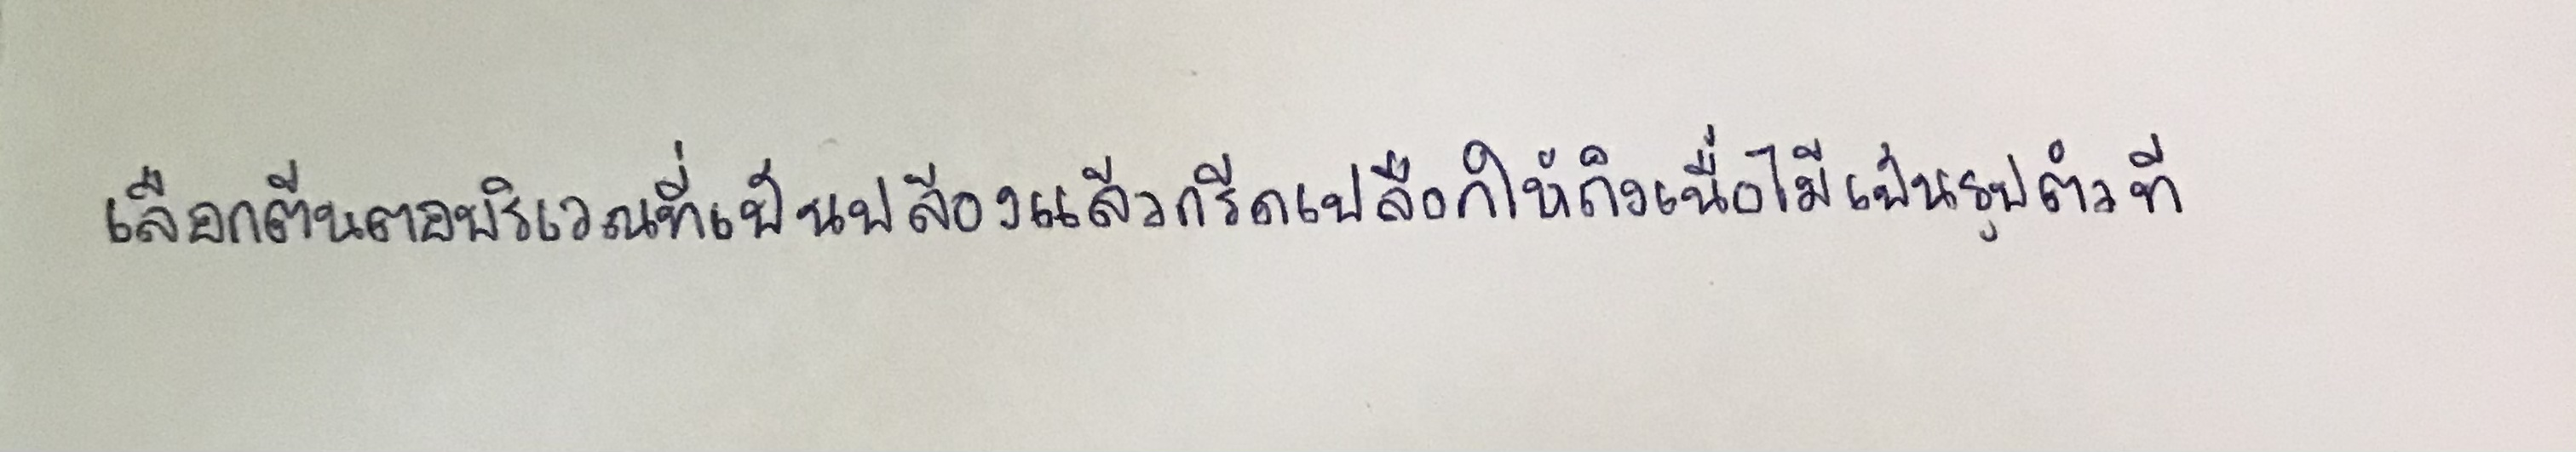
เลือกต้นตอบริเวณที่เป็นปล้องแล้วกรีดเปลือกให้ถึงเนื้อไม้เป็นรูปตัวที